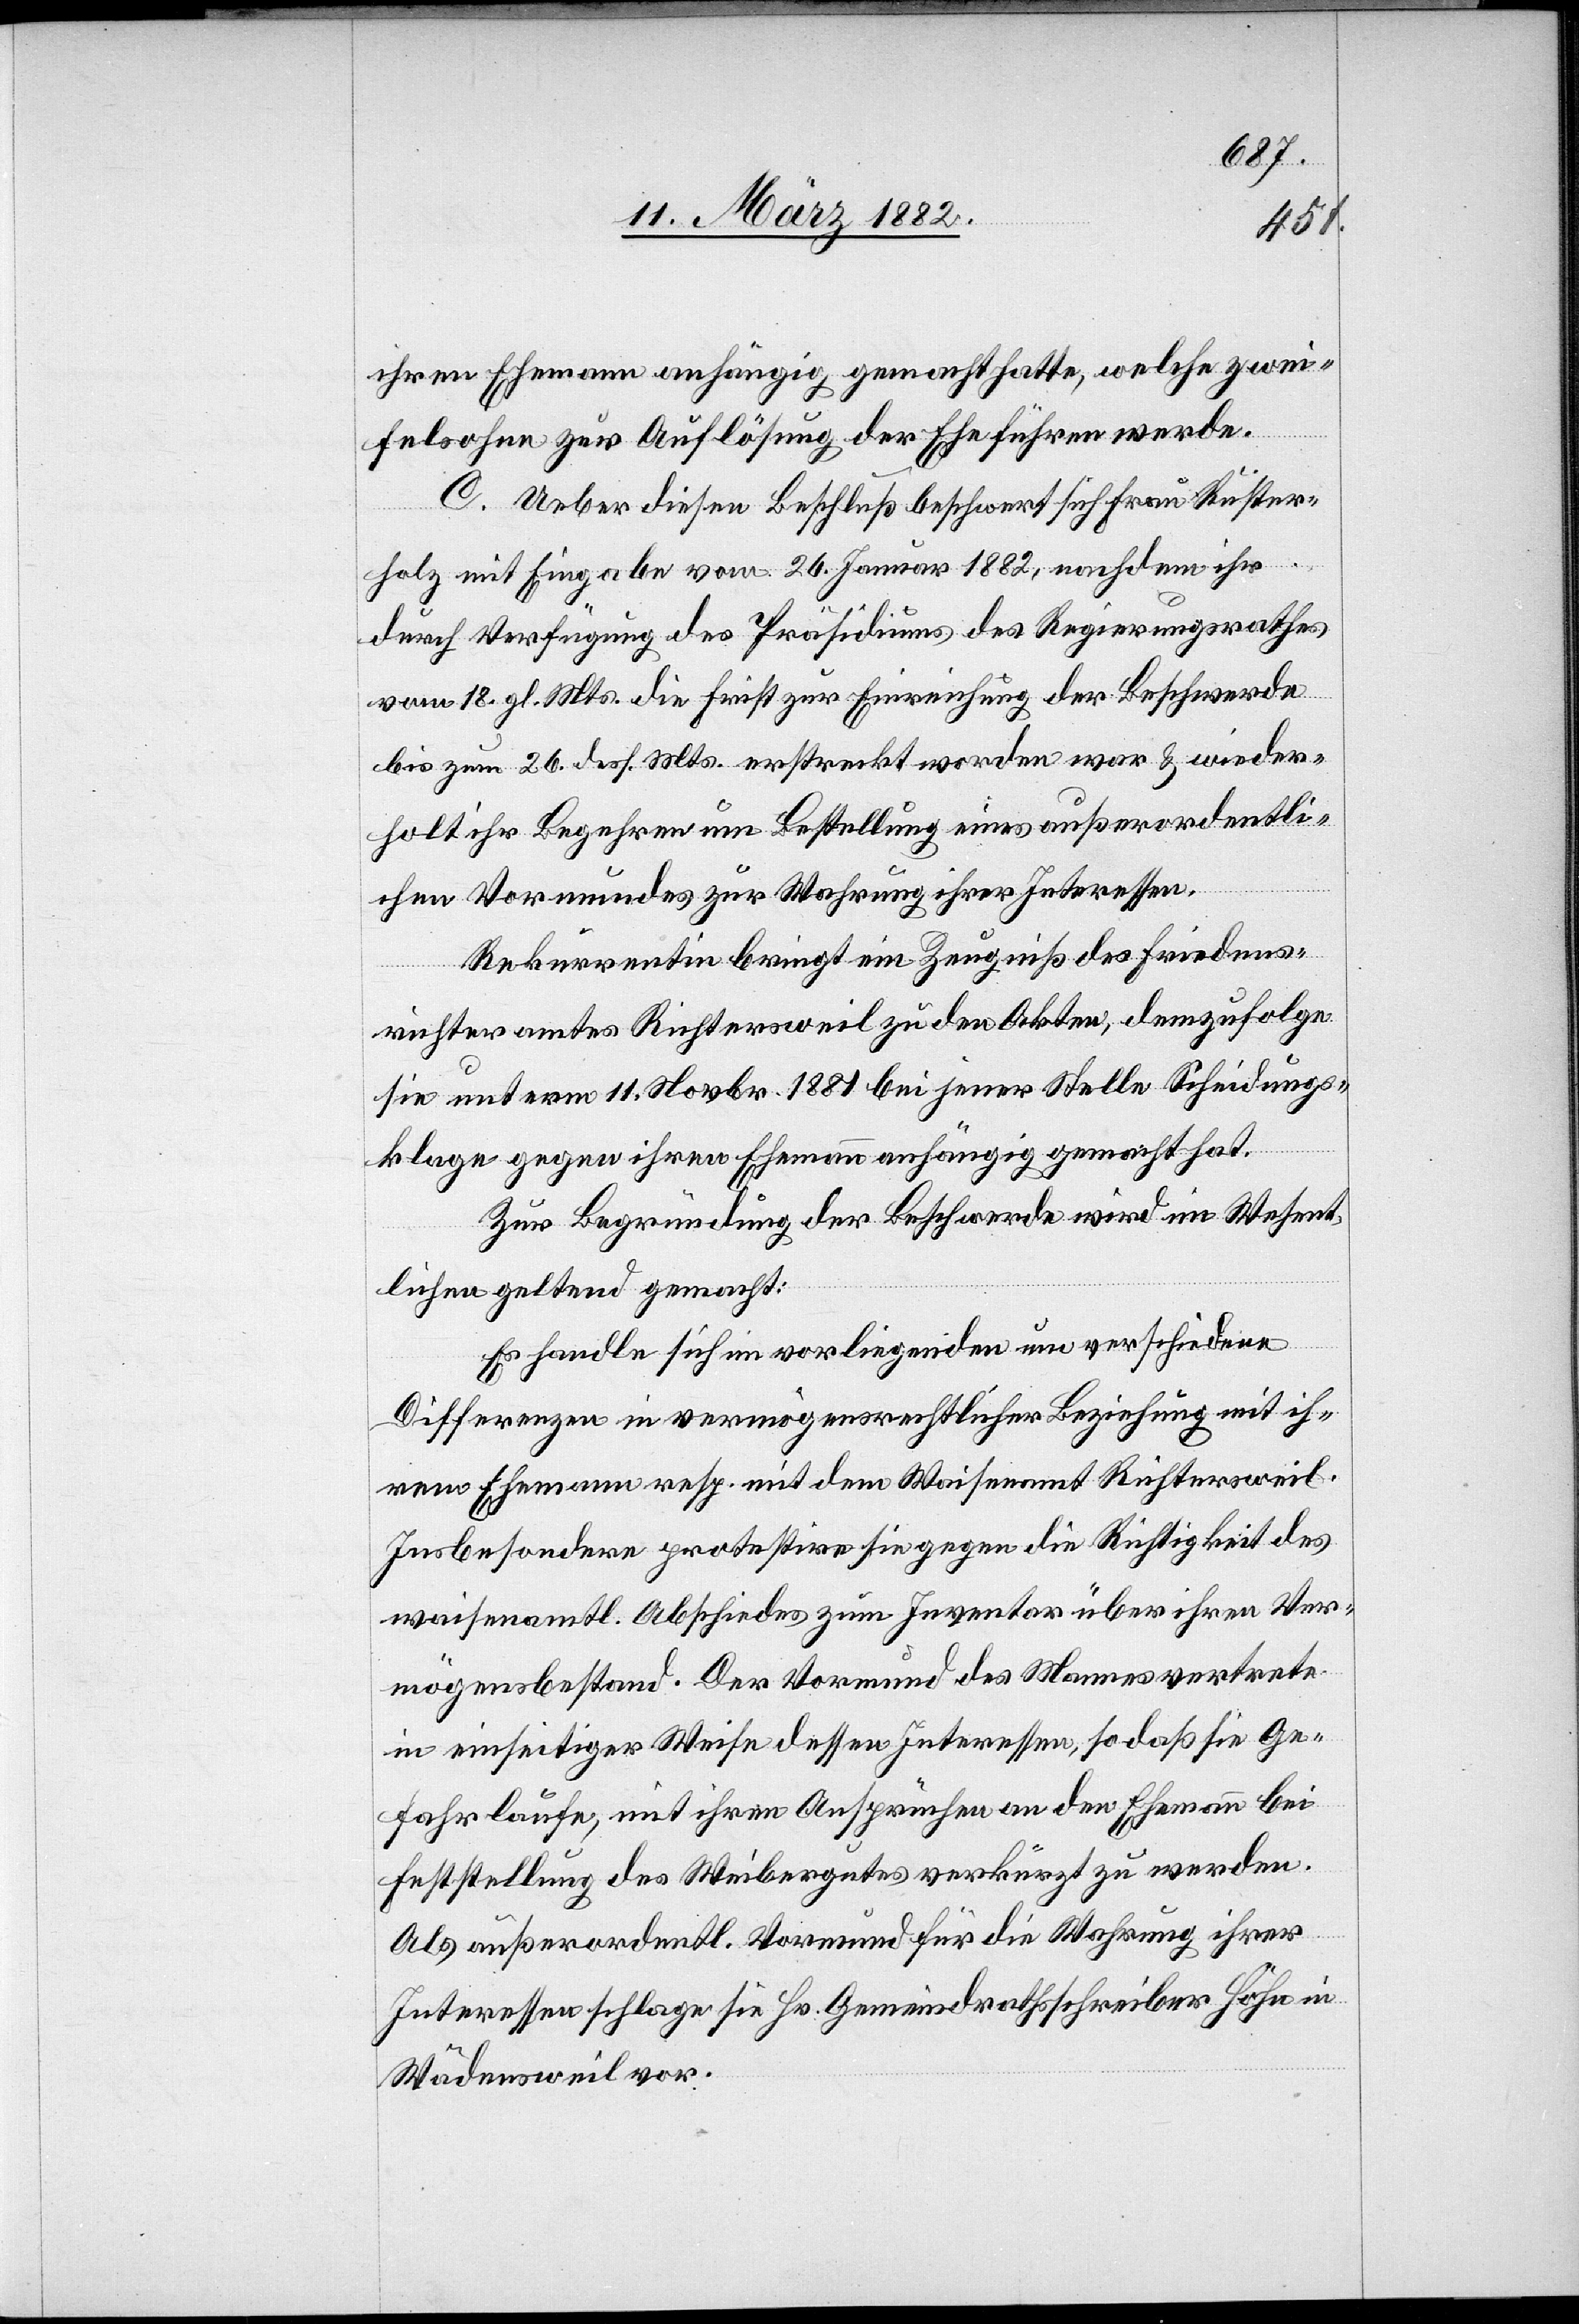
ihren Ehemann anhängig gemacht hatte, welche zwei¬
felsohne zur Auflösung der Ehe führen werde.
C. Ueber diesen Beschluß beschwert sich Frau Ruster¬
holz mit Eingabe vom 26. Januar 1882, nachdem ihr
durch Verfügung des Präsidiums des Regierungsrathes
vom 18. gl. Mts. die Frist zur Einrichtung der Beschwerde
bis zum 26. des Mts. erstreckt worden war & wieder¬
holt ihr Begehren um Bestellung eines außerordentli¬
chen Vormundes zur Wahrung ihrer Interessen.
Rekurrentin bringt ein Zeugniß des Friedens¬
richteramtes Richtersweil zu den Akten, demzufolge
sie unterm 1. Novbr. 1881 bei jener Stelle Scheidungs¬
klage gegen ihren Ehemann anhängig gemacht hat.
Zur Begründung der Beschwerde wird im Wesent¬
lichen geltend gemacht:
Es handle sich im vorliegenden um verschiede
Differenzen in vermögensrechtlicher Beziehung mit ih¬
rem Ehemann resp. mit dem Waisenamt Richtersweil.
Insbesondere protestire sie gegen die Richtigkeit des
waisenamtl. Abschiedes zum Inventar über ihren Ver¬
mögensbestand. Der Vormund des Mannes vertrete
in einseitiger Weise dessen Interessen, so daß sie Ge¬
fahr laufe, mit ihren Ansprüchen an den Ehemann bei
Feststellung des Weibergutes verkürzt zu werden.
Als außerordentl. Vormund für die Wahrung ihrer
Interessen schlage sie Hr. Gemeindrathsschreiber Höhn in
Wädensweil vor.